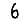
Digit: 6